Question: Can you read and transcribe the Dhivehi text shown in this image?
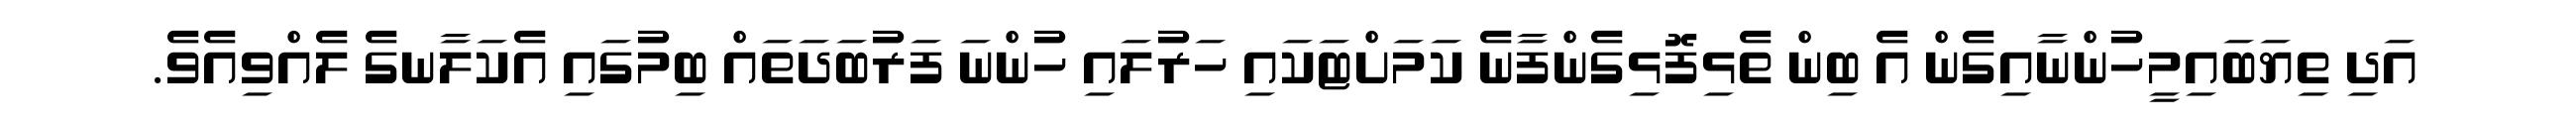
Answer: އަދި ތިޔަބައިމީހުންނާއިގެން އެ ބިން ތެޅިފޮޅިގެންފާނެ ކަމަށްޓަކައި ހަރުލައި ހުންނަ ފަރުބަދަތައް ބިމުގައި އެކަލާނގެ ލެއްވިއެވެ.